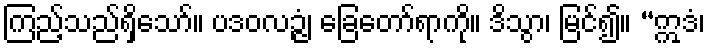
ကြည့်သည်ရှိသော်။ ပဒဝလဉ္ဇံ၊ ခြေတော်ရာကို။ ဒိသွာ၊ မြင်၍။ “ဣဒံ၊